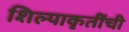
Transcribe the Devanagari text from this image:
शिल्पाकृतींची